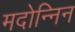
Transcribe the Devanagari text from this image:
मदोन्निन